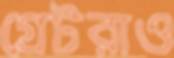
গ্রেটরাও